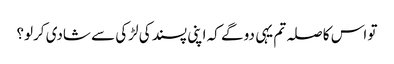
تو اس کا صلہ تم یہی دو گے کہ اپنی پسند کی لڑکی سے شادی کرلو؟